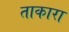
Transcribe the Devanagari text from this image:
ताकारा